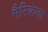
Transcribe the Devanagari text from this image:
मैरियाना